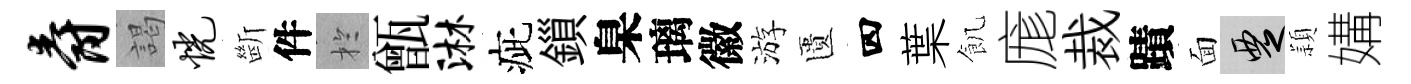
爵謁恍㫁件扵甑淋疵鎻臬璃徽游匱四葉飢庬裁蹟面覂頴媾